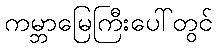
ကမ္ဘာမြေကြီးပေါ်တွင်